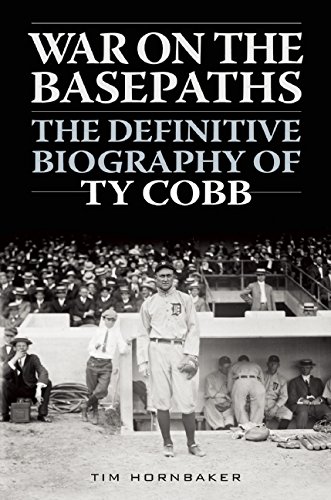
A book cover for War on the Basepaths: The Definitive Biography of Ty Cobb; Tim Hornbaker; Biographies & Memoirs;